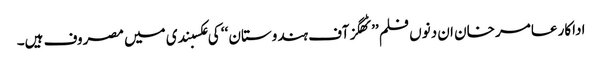
اداکار عامر خان ان دنوں فلم ’’ٹھگز آف ہندوستان ‘‘ کی عکسبندی میں مصروف ہیں۔